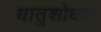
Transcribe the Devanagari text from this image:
धातुशोधक